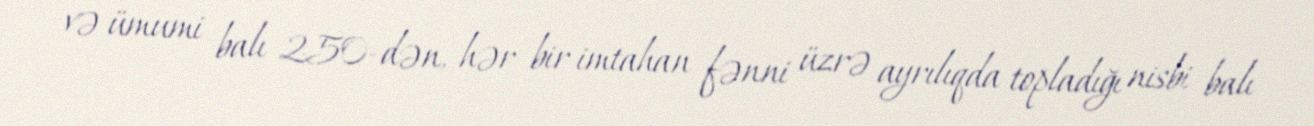
və ümumi balı 250-dən, hər bir imtahan fənni üzrə ayrılıqda topladığı nisbi balı